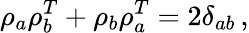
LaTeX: \rho_{a}\rho_{b}^{T}+\rho_{b}\rho_{a}^{T}=2\delta_{ab}\, ,